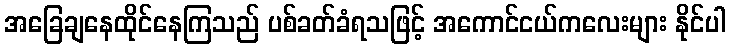
အခြေချနေထိုင်နေကြသည် ပစ်ခတ်ခံရသဖြင့် အကောင်ငယ်ကလေးများ နိုင်ပါ